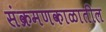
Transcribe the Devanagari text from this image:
संक्रमणकाळातील